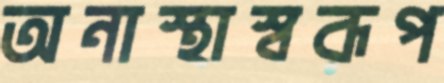
অনাস্থাস্বরূপ